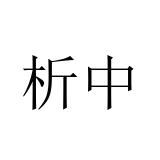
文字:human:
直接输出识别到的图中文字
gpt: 析中